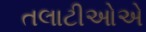
તલાટીઓએ